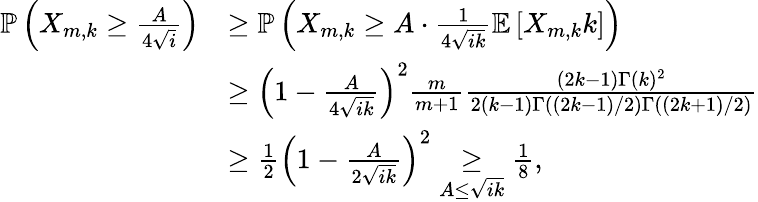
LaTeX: \begin{array}{rl}{\mathbb{P}\left(X_{m,k}\geq\frac{A}{4\sqrt{i}}\right)}&{\geq\mathbb{P}\left(X_{m,k}\geq A\cdot\frac{1}{4\sqrt{ik}}\mathbb{E}\left[X_{m,k}k\right]\right)}\\ &{\geq\left(1-\frac{A}{4\sqrt{ik}}\right)^{2}\frac{m}{m+1}\frac{(2k-1)\Gamma(k)^{2}}{2(k-1)\Gamma\left((2k-1)/2\right)\Gamma\left((2k+1)/2\right)}}\\ &{\geq\frac{1}{2}\left(1-\frac{A}{2\sqrt{ik}}\right)^{2}\underset{A\leq\sqrt{ik}}{\geq}\frac{1}{8},}\end{array}